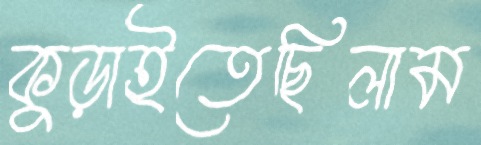
কুড়াইতেছিলাম